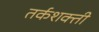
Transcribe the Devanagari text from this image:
तर्कशक्ती